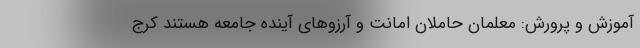
آموزش و پرورش: معلمان حاملان امانت و آرزوهای آینده جامعه هستند کرج